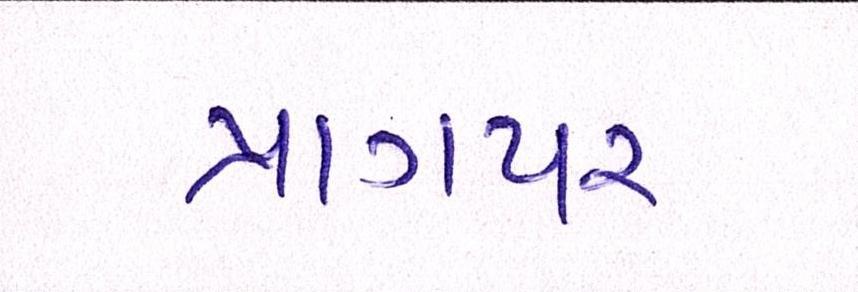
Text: પ્રાગપર